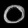
Digit: ၀